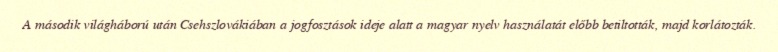
A második világháború után Csehszlovákiában a jogfosztások ideje alatt a magyar nyelv használatát előbb betiltották, majd korlátozták.